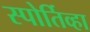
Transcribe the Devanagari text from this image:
स्पोर्तिव्हा